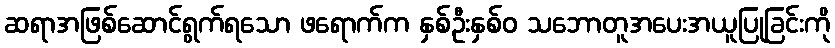
ဆရာအဖြစ်ဆောင်ရွက်ရသော ဖရောက်က နှစ်ဦးနှစ်ဝ သဘောတူအပေးအယူပြုခြင်းကို